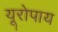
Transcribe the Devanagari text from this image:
यूरोपाय